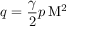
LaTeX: q = { \frac { \gamma } { 2 } } p \, \mathrm { M } ^ { 2 }